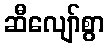
ဆီလျော်စွာ